Lunatic asylums United Provinces 1909-1921 - 1909-1921
Year: 1909
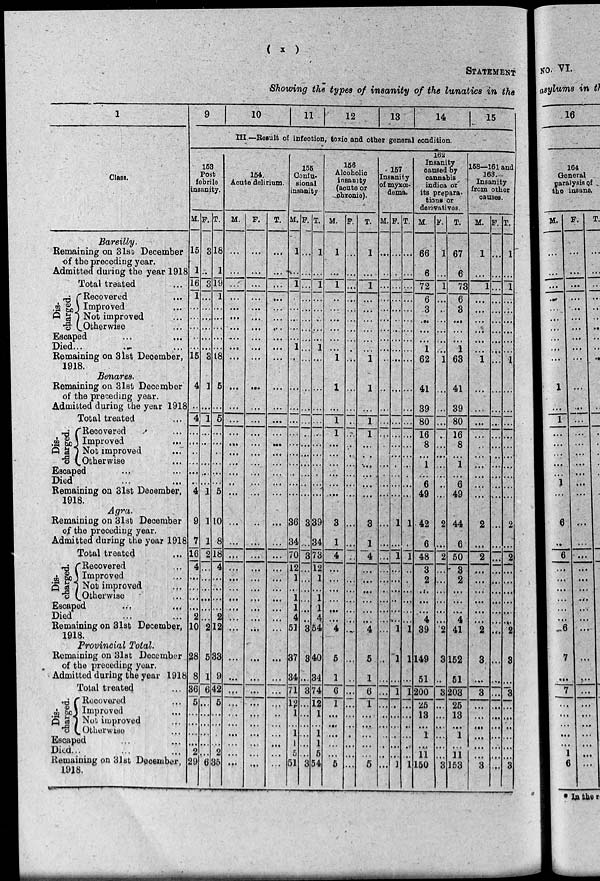
( x )
STATEMENT
Showing the types of insanity of the lunatics in the
1
Class.
Bareilly.
Remaining on 31st December
of the preceding year.
Admitted during the year 1918
Total treated ...
Dis-
charged.
Recovered ...
Improved ...
Not improved ...
Otherwise ...
Escaped ... ...
Died ... ... ...
Remaining on 31st December,
1918.
Benares.
Remaining on 31st December
of the preceding year.
Admitted during the year 1918
Total treated
...
Dis-
charged.
Recovered ...
Improved ...
Not improved ...
Otherwise ...
Escaped ... ...
Died ... ...
Remaining on 31st December,
1918.
Agra.
Remaining on 31st December
of the preceding year.
Admitted during the year 1918
Total treated ...
Dis-
charged.
Recovered ...
Improved ...
Not improved ...
Otherwise
...
Escaped
...
Died ... ...
Remaining on 31st December,
1918.
Provincial Total.
Remaining on 31st December
of the preceding year.
Admitted during the year 1918
Total treated ...
Dis-
charged.
Recovered ...
Improved ...
Not improved ...
Otherwise ...
Escaped ... ...
Died... ... ...
Remaining on 31st December,
1918.
9
10
11
12
13
14
15
III—Result of infection, toxic and other general condition
153
Post
febrile
insanity.
M.
15
1
16
1
...
...
...
...
...
15
4
..
4
...
...
..
...
...
...
4
9
7
16
4
...
...
...
...
2
10
28
8
36
5
...
...
...
...
2
29
F.
3
..
3
...
...
...
...
...
...
3
1
...
1
...
..
...
...
...
1
1
1
2
...
...
...
...
...
...
2
5
1
6
...
...
...
...
...
...
6
T.
18
1
19
1
...
...
...
...
...
18
5
...
5
...
...
...
...
...
...
5
10
8
18
4
...
...
...
...
2
12
33
9
42
5
...
...
...
2
35
154.
Acute delirium.
M.
...
...
...
....
...
...
...
...
...
...
...
...
...
...
...
...
...
...
..
...
...
...
...
...
...
...
...
...
...
...
...
...
...
...
...
...
...
...
...
...
F.
...
...
...
...
...
...
...
...
...
...
...
...
...
...
...
...
...
...
...
...
...
...
...
...
...
...
...
...
...
...
...
...
...
...
...
...
...
...
...
...
T.
...
...
...
...
...
...
...
...
...
...
...
...
...
...
...
...
...
...
...
...
...
...
...
...
...
...
...
...
...
...
...
...
...
...
...
...
...
...
...
...
155
Confu-
sional
insanity
M.
1
...
1
...
...
...
...
...
1
..
...
...
...
...
...
...
...
..
...
...
36
34
70
12
1
...
1
1
4
51
37
34
71
12
1
...
1
1
5
51
F.
...
...
...
...
...
...
...
...
...
...
...
...
...
...
...
...
...
...
...
...
3
...
3
...
...
....
...
...
...
3
3
...
3
...
...
...
...
...
...
3
T.
1
...
1
...
...
...
...
...
1
...
...
...
...
...
...
...
...
.
...
...
39
34
73
12
1
. ..
1
1
4
54
40
34
74
18
1
...
1
1
5
54
156
Alcoholic
insanity
(acute or
chronic).
M.
1
...
1
...
...
...
...
...
...
1
1
...
1
1
...
...
...
...
...
...
3
1
4
...
...
...
...
...
...
4
5
1
6
1
...
...
...
...
...
5
F.
...
...
...
...
...
...
...
...
...
...
...
...
..
...
...
..
...
...
...
...
...
...
..
...
...
...
...
...
..
...
...
..
...
.. .
...
...
.
...
...
...
T.
1
...
1
...
...
...
...
...
...
1
1
...
1
1
...
..
...
...
...
...
3
1
4
...
...
...
...
...
...
4
5
1
6
1
...
...
...
...
...
5
157
Insanity
of myxœ
dema.
M.
...
..
...
...
...
...
...
...
...
..
..
...
...
...
...
...
...
...
...
...
...
...
...
...
...
...
...
...
...
...
...
...
...
...
...
...
...
...
...
...
F.
...
...
...
...
...
...
...
...
...
...
...
...
...
...
...
...
...
...
...
...
1
...
1
...
...
...
...
...
...
1
1
...
1
...
...
...
...
...
...
1
T.
...
...
...
...
...
...
...
...
...
...
...
...
...
...
...
...
...
...
...
...
1
1
...
4
...
...
...
...
1
1
...
1
...
...
...
...
...
...
1
162
Insanity
caused by
cannabis
indica or
its prepara-
tions or
derivatives.
M.
66
6
72
6
3
...
...
...
1
62
41
39
80
16
8
...
1
...
6
49
42
6
48
3
2
...
...
...
4
39
149
51
200
25
18
...
1
...
11
150
F.
1
...
1
...
..
...
...
...
...
1
...
...
...
.
...
...
...
...
..
...
2
...
2
...
...
...
...
...
...
2
3
..
3
...
...
...
...
...
...
3
T.
67
6
73
6
3
...
...
...
1
63
41
39
80
16
8
...
1
...
6
49
44
6
50
3
2
...
...
...
4
41
152
51
203
25
18
...
1
...
11
153
158—161 and
168
Insanity
from other
causes.
M.
1
...
1
...
...
...
...
...
...
1
...
...
...
...
..
...
...
...
...
...
2
...
2
...
...
...
...
...
...
2
3
...
3
...
...
...
...
...
...
3
F.
...
...
...
...
...
...
...
...
...
...
...
...
...
...
...
...
...
...
...
...
...
...
...
...
...
...
...
...
...
...
...
...
...
...
...
...
...
...
...
...
T.
1
...
1
...
...
...
...
...
...
1
...
...
...
...
...
...
...
...
...
...
2
...
2
...
...
...
...
...
...
2
3
...
3
...
...
...
...
...
...
3